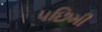
પછિમી